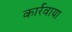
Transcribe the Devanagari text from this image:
कार्रवाया